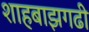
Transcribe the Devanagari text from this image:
शाहबाझगढी